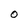
Character: O